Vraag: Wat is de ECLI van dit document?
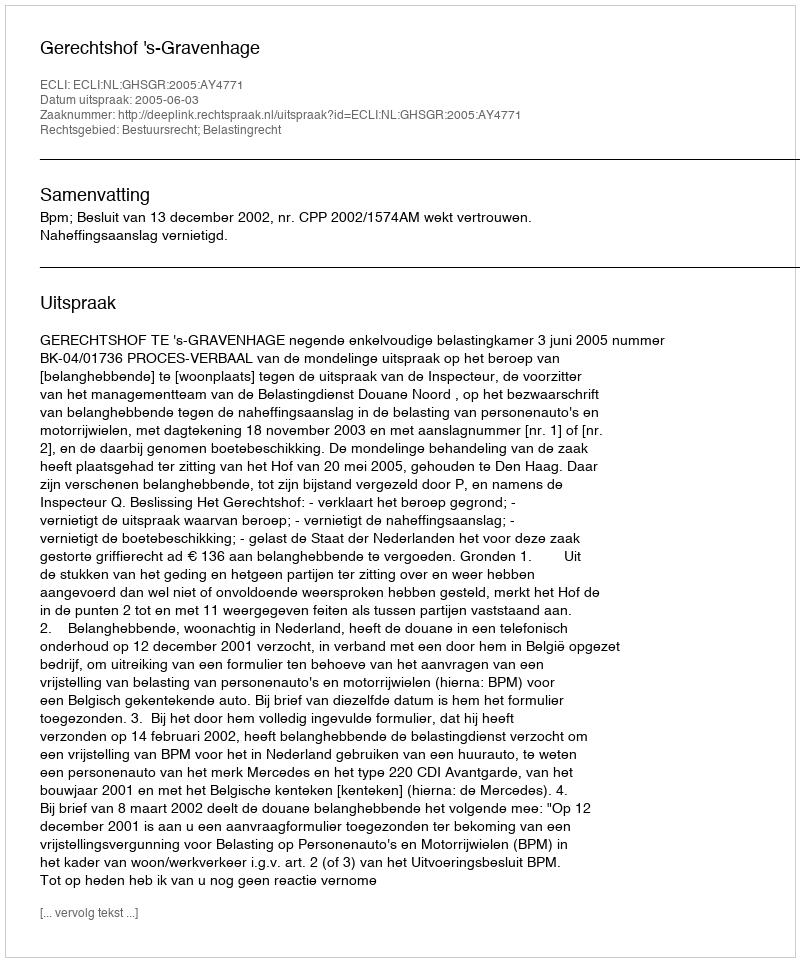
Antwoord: ECLI:NL:GHSGR:2005:AY4771